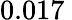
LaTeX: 0.017\